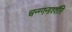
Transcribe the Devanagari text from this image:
चन्ग्गनाश्शॅरि